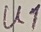
Text: U1